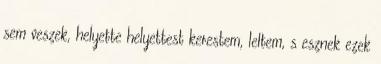
sem veszek, helyette helyettest kerestem, leltem, s esznek ezek